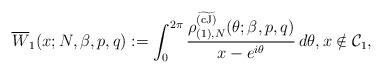
LaTeX: \begin{align*} \overline{W}_1(x;N,\beta,p,q) : = \int_{0}^{2\pi} {\rho_{(1),N}^{\widetilde{\rm (cJ)}} ( \theta;\beta,p,q) \over x - e^{i \theta}} \, d \theta, x \notin {\mathcal C}_1, \end{align*}